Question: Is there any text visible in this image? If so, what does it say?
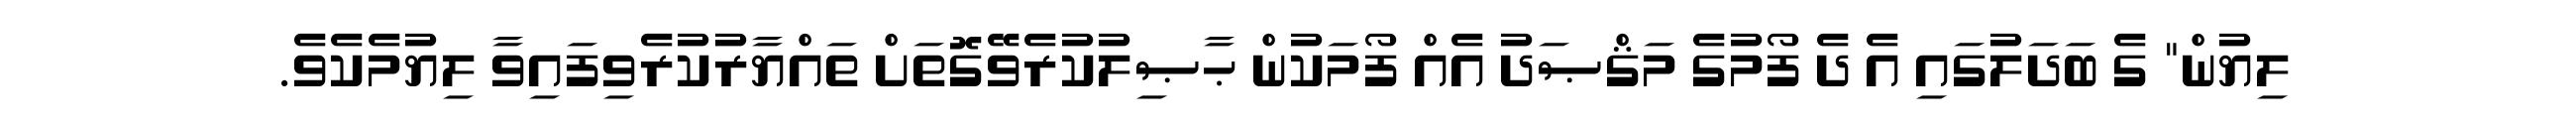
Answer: ލިޔުން" ގެ ބަދަލުގައި އެ ދެ ފޯމުގެ މަޤްޞަދު އެއް ފޯމަކުން ޙާޞިލުކުރެވޭގޮތަށް ތައްޔާރުކުރެވިފައިވާ ލިޔުމެކެވެ.